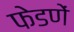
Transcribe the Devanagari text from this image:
फेडणें